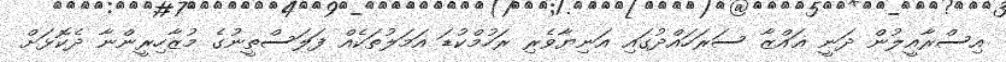
އިސްރާއީލުން ދަނީ ޣައްޒާ ސަރަހައްދުގައި އަނިޔާވެރި ރަހުމްކުޑަ އަމަލުތަކެއް ފަލަސްތީނުގެ މުޒާހިރީންނާ ދެކޮޅަށް